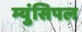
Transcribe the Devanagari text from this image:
म्युंसिपल